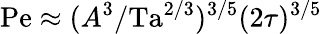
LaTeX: \mathrm{Pe}\approx(A^{3}/\mathrm{Ta}^{2/3})^{3/5}(2\tau)^{3/5}